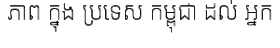
ភាព ក្នុង ប្រទេស កម្ពុជា ដល់ អ្នក